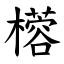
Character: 㯴